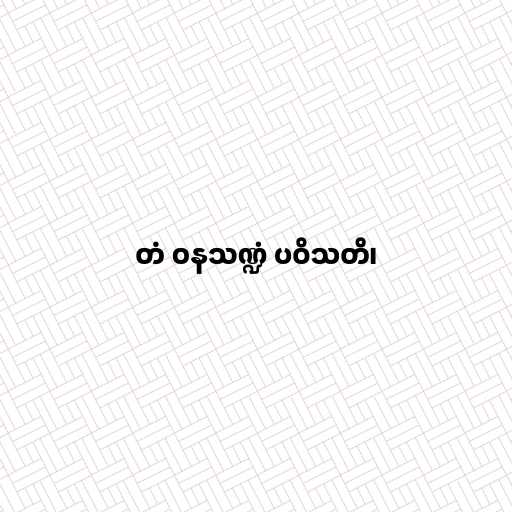
တံ ဝနသဏ္ဍံ ပဝိသတိ၊